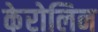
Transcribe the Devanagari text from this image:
केरोलिन